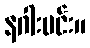
နဂါးမင်း။